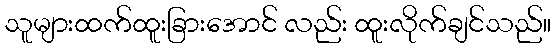
သူများထက်ထူးခြားအောင် လည်း ထူးလိုက်ချင်သည်။